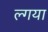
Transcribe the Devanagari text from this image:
ल्गया